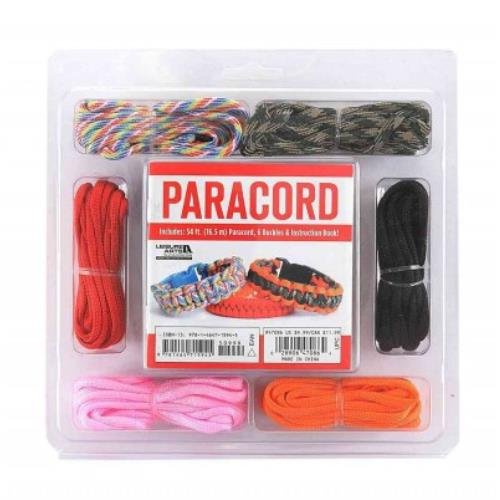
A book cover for Paracord Bracelet Kit; Crafts, Hobbies & Home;